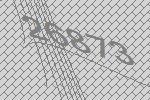
26873